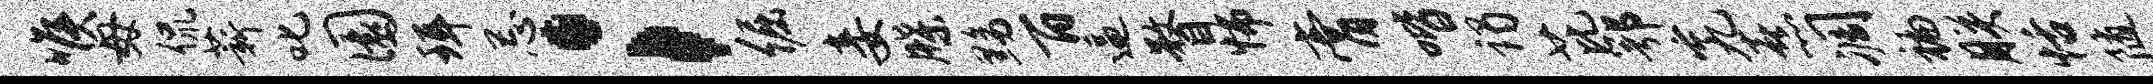
喉毋侃薪叱圜珥忌；倔妾牒黝百逼瞀怖膏喈谒芘鄂究熹凋褊朕恬随梁